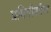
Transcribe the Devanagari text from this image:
प्रगितीशील